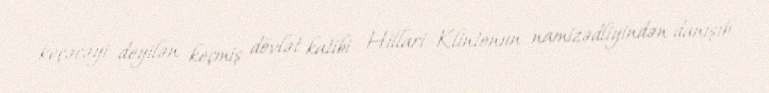
keçəcəyi deyilən keçmiş dövlət katibi Hillari Klintonun namizədliyindən danışıb.